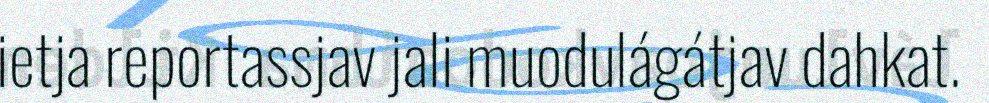
ietja reportassjav jali muodulágátjav dahkat.